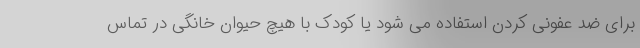
برای ضد عفونی کردن استفاده می شود یا کودک با هیچ حیوان خانگی در تماس